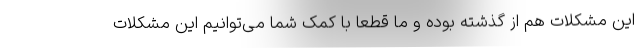
این مشکلات هم از گذشته بوده و ما قطعا با کمک شما می‌توانیم این مشکلات